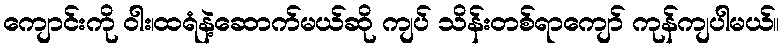
ကျောင်းကို ဝါး၊ထရံနဲ့ဆောက်မယ်ဆို ကျပ် သိန်းတစ်ရာကျော် ကုန်ကျပါမယ်။